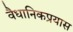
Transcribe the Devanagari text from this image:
वैधानिकप्रयास